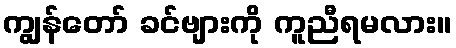
ကျွန်တော် ခင်ဗျားကို ကူညီရမလား။